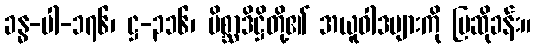
ခန္ဓ-ပါ-၁၇၆၊ ဋ္ဌ-၃၁၆၊ မိစ္ဆာဒိဋ္ဌိတို့၏ အယူဝါဒများကို ပြဆိုခန်း။